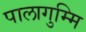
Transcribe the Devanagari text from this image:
पालागुम्मि